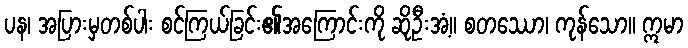
ပန၊ အပြားမှတစ်ပါး စင်ကြယ်ခြင်း၏အကြောင်းကို ဆိုဦးအံ့။ စတဿော၊ ကုန်သော။ ဣမာ